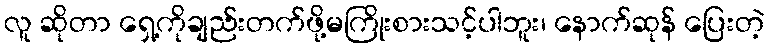
လူ ဆိုတာ ရှေ့ကိုချည်းတက်ဖို့မကြိုးစားသင့်ပါဘူး၊ နောက်ဆုန် ပြေးတဲ့